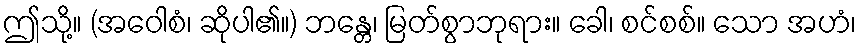
ဤသို့။ (အဝေါစံ၊ ဆိုပါ၏။) ဘန္တေ၊ မြတ်စွာဘုရား။ ခေါ၊ စင်စစ်။ သော အဟံ၊